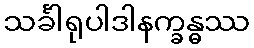
သင်္ခါရုပါဒါနက္ခန္ဓဿ